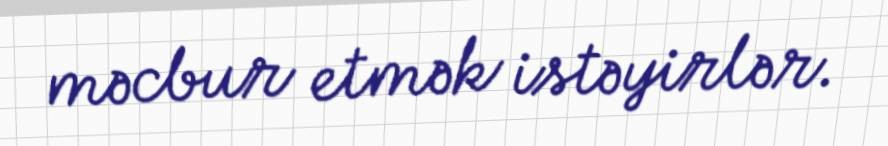
məcbur etmək istəyirlər.